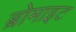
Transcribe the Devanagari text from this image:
ब्रोमाइट